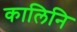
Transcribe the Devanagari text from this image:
कालिनि